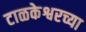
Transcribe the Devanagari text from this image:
टाळकेश्वरच्या